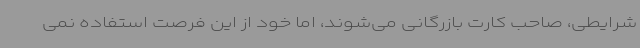
شرایطی، صاحب کارت بازرگانی می‌شوند، اما خود از این فرصت استفاده نمی